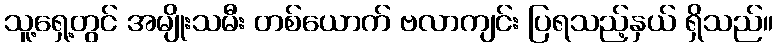
သူ့ရှေ့တွင် အမျိုးသမီး တစ်ယောက် ဗလာကျင်း ပြရသည့်နှယ် ရှိသည်။